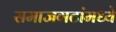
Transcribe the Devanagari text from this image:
समाजगटांमध्ये